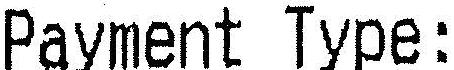
PAYMENT TYPE: